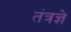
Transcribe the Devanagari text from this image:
तंत्रज्ञे